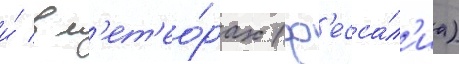
и́ в м'ет'ео́рах (ф'есса́л'иа)